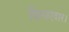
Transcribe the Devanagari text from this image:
किराएदार।